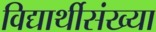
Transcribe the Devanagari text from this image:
विद्यार्थीसंख्या